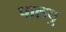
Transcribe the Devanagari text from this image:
पालपु